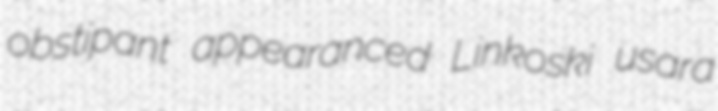
obstipant appearanced Linkoski usara